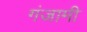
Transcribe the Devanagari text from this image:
गंजामी